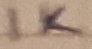
Text: 1K